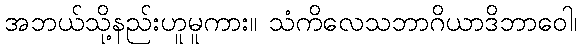
အဘယ်သို့နည်းဟူမူကား။ သံကိလေသဘာဂိယာဒိဘာဝေါ၊